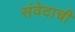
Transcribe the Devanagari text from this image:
संवेदाची